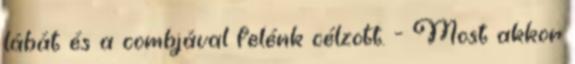
lábát és a combjával felénk célzott. - Most akkor